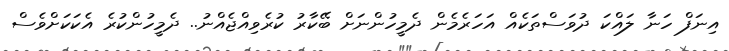
އިނަފް ހަނާ ލައްކަ ދުވަސްތަކެއް އަހަރެމެން ދެމީހުންނަށް ބޭކާރު ކުރެވިއްޖެއްނު.. ދެމީހުންކުރެ އެކަކަށްވެސް